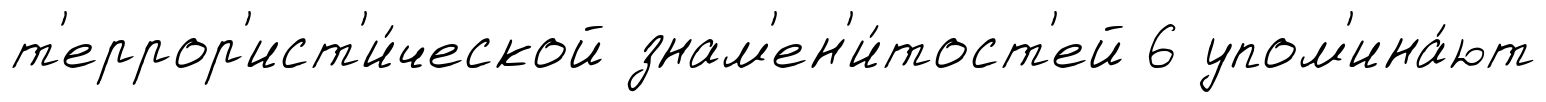
т'еррор'ист'и́ческой знам'ен'и́тост'ей 6 упом'ина́ют